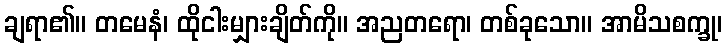
ချရာ၏။ တမေနံ၊ ထိုငါးမျှားချိတ်ကို။ အညတရော၊ တစ်ခုသော။ အာမိသစက္ခု၊